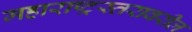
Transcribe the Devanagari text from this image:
महाराष्ट्रस्तरावरील